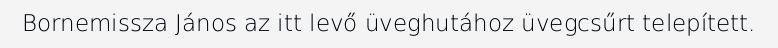
Bornemissza János az itt levő üveghutához üvegcsűrt telepített.